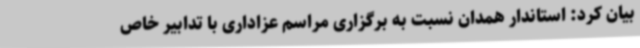
بیان کرد: استاندار همدان نسبت به برگزاری مراسم عزاداری با تدابیر خاص